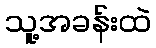
သူ့အခန်းထဲ